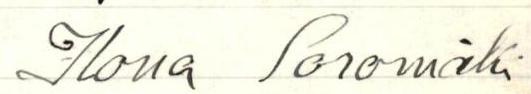
Ilona Soromäki